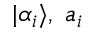
| \alpha _ { i } \rangle , \; a _ { i }